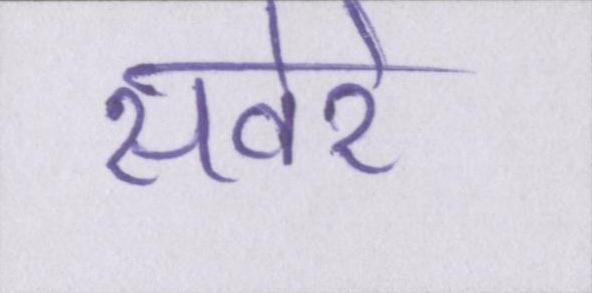
सवेरे